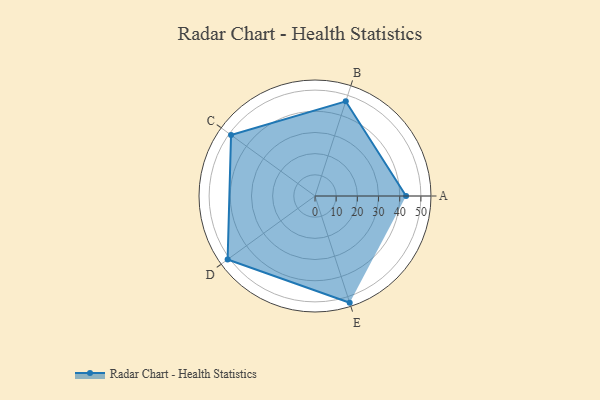
{"axis": {"x": "Skill", "y": "Score"}, "legend": ["Profile"], "data": [{"x": "A", "y": 43.0, "type": "Profile"}, {"x": "B", "y": 47.0, "type": "Profile"}, {"x": "C", "y": 49.0, "type": "Profile"}, {"x": "D", "y": 51.0, "type": "Profile"}, {"x": "E", "y": 53.0, "type": "Profile"}]}